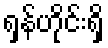
ရှန်ဟိုင်းရှိ